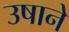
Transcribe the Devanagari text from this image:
उषाने